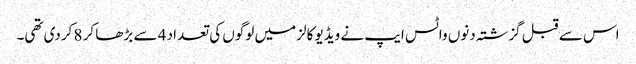
اس سے قبل گزشتہ دنوں واٹس ایپ نے ویڈیو کالز میں لوگوں کی تعداد 4 سے بڑھا کر 8 کردی تھی۔